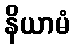
နိယာမံ